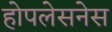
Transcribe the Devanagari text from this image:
होपलेसनेस